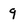
Character: 9